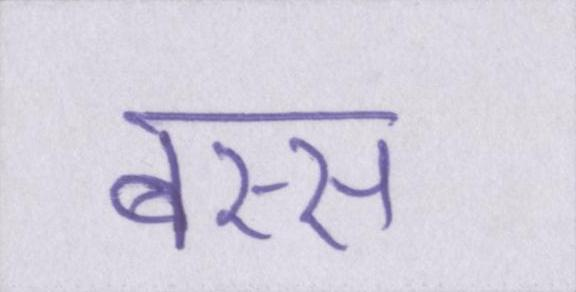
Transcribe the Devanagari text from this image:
बस्स